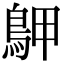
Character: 𪀌